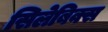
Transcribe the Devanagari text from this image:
सिलेबिक्स